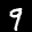
Label: 9